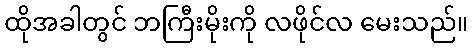
ထိုအခါတွင် ဘကြီးမိုးကို လဖိုင်လ မေးသည်။